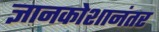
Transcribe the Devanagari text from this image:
ज्ञानकोशानंतर